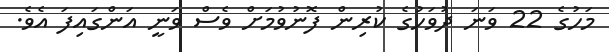
މަހުގެ 22 ވަނަ ދުވަހުގެ ކުރިން ފޮނުވުމަށް ވެސް ވަނީ އަންގައިފަ އެވެ.